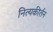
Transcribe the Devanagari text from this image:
नित्यकीर्तन